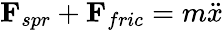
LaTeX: \mathbf{F}_{spr}+\mathbf{F}_{fric}=m\ddot{x}